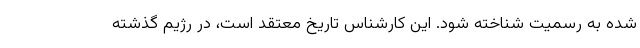
شده به رسمیت شناخته شود. این کارشناس تاریخ معتقد است، در رژیم گذشته